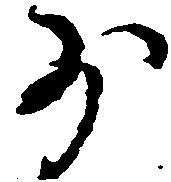
少